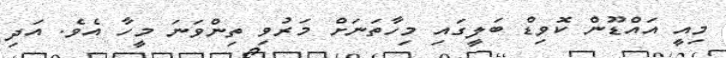
މިއީ އައްޑޫން ކޮވިޑް ބަލީގައި މިހާތަނަށް މަރުވި ތިންވަނަ މީހާ އެވެ. އަދި